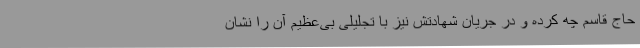
حاج قاسم چه کرده و در جریان شهادتش نیز با تجلیلی بی‌عظیم آن را نشان